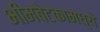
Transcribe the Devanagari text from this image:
भीमबेटकामध्ये